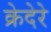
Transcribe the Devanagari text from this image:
क्रेदेरे